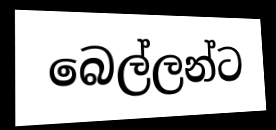
බෙල්ලන්ට